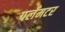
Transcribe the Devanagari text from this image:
पर्लमटर